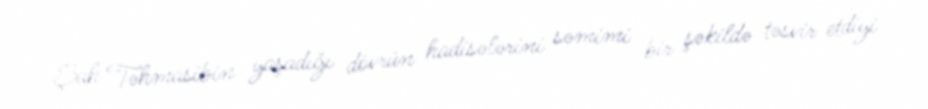
Şah Təhmasibin yaşadığı dövrün hadisələrini səmimi bir şəkildə təsvir etdiyi